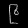
Digit: ၉